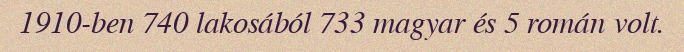
1910-ben 740 lakosából 733 magyar és 5 román volt.